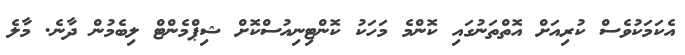
އެކަމަކުވެސް ކުރިއަށް އޮތްތަނުގައި ކޮންމެ މަހަކު ކޮންޓިނިއުސްކޮށް ޝިޕްމެންޓް ލިބެމުން ދާނެ. މާލެ